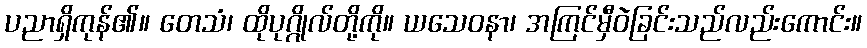
ပညာရှိကုန်၏။ တေသံ၊ ထိုပုဂ္ဂိုလ်တို့ကို။ ယသေဝနာ၊ အကြင်မှီဝဲခြင်းသည်လည်းကောင်း။